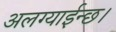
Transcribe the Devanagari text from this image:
अलग्याईन्छ।